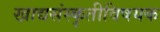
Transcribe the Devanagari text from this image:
खाद्यसंस्कृतीविषयक